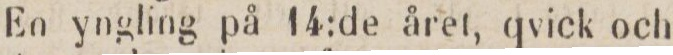
En yngling på 14:de året, qvick och